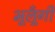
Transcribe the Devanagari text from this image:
भूलूँगी